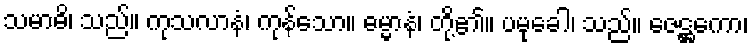
သမာဓိ၊ သည်။ ကုသလာနံ၊ ကုန်သော။ ဓမ္မာနံ၊ တို့၏။ ပမုခေါ၊ သည်။ ဇေဋ္ဌကော၊